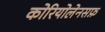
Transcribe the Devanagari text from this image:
कोरियोलेनसफ़